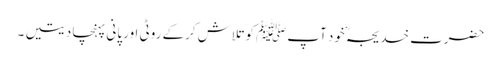
حضرت خدیجہؓ خود آپﷺ کوتلاش کرکے روٹی اور پانی پہنچا دیتیں ۔